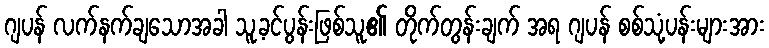
ဂျပန် လက်နက်ချသောအခါ သူ့ခင်ပွန်းဖြစ်သူ၏ တိုက်တွန်းချက် အရ ဂျပန် စစ်သုံ့ပန်းများအား